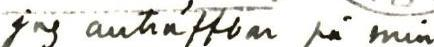
jag anträffbar på min